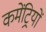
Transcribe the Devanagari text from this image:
कमेंट्रियों